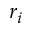
r _ { i }